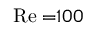
\mathrm { R e = } 1 0 0